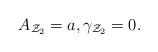
LaTeX: \begin{align*}A_{\mathcal{Z}_{2}}=a,\gamma _{\mathcal{Z}_{2}}=0.\end{align*}